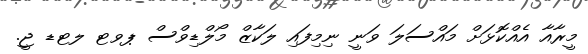
މީރާއާ އެއްކޮޅަށް މައްސަލަ ވަނީ ނިމިފައި ލަކާޒް މޯލްޑިވްސް ޕވޓ ލޓޑ ޖީ.